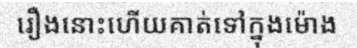
រឿងនោះហើយគាត់ទៅក្នុងម៉ោង